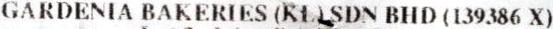
GARDENIA BAKERIES (KL) SDN BHD (139386 X)